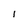
Character: 1